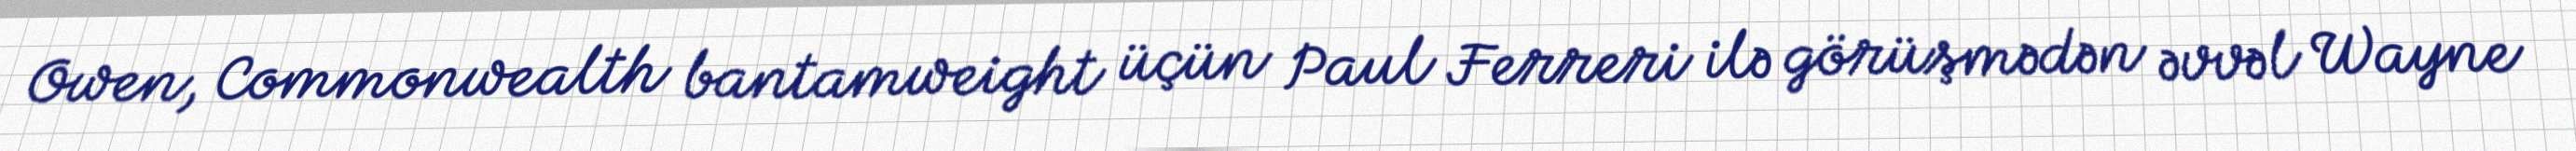
Owen, Commonwealth bantamweight üçün Paul Ferreri ilə görüşmədən əvvəl Wayne